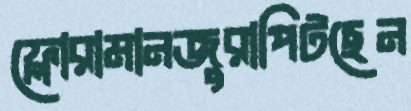
ফ্লোরামানজুরাপিটছেন